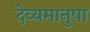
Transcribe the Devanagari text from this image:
देव्यमानुषा